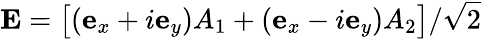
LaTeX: {\mathbf E}=\big[({\mathbf e}_{x}+i{\mathbf e}_{y})A_{1}+({\mathbf e}_{x}-i{\mathbf e}_{y})A_{2}\big]/\sqrt{2}